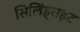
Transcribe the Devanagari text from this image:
सिलिंड्राइट